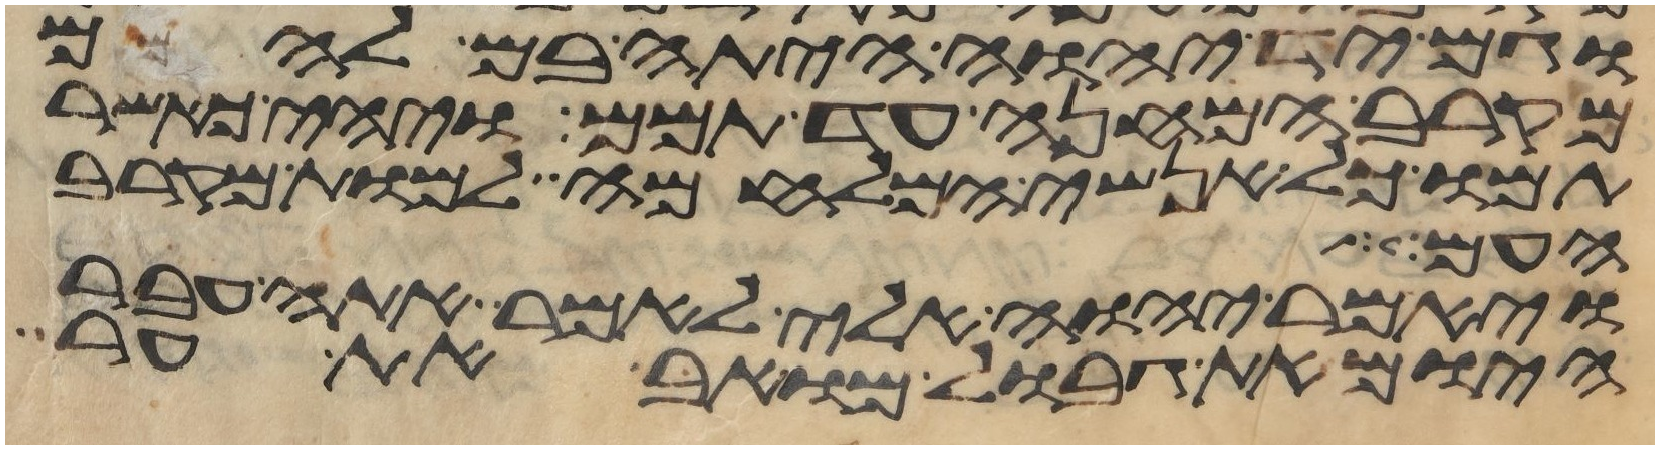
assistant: וגם יד יהוה היתה בם להמם
מקרב המחנה עד תמם ויהי כאשר
תמו כל אנשי המלחמה למות מקרב
העם
ויאמר יהוה אלי לאמר אתה עבר
היום את גבול מואב את ער